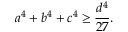
a ^ { 4 } + b ^ { 4 } + c ^ { 4 } \geq { \frac { d ^ { 4 } } { 2 7 } } .